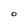
Character: O